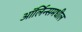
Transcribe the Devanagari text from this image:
ऑर्लिन्समधील